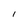
Character: 1